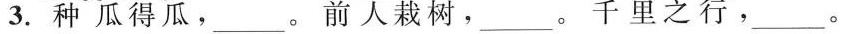
3. 种瓜得瓜，__。前人栽树，__。千里之， __。